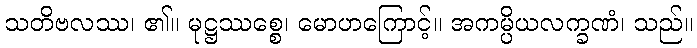
သတိဗလဿ၊ ၏။ မုဋ္ဌဿစ္စေ၊ မောဟကြောင့်။ အကမ္ပိယလက္ခဏံ၊ သည်။